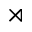
\rtimes